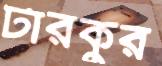
টারকুর